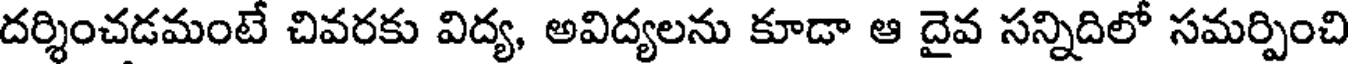
దర్శించడమంటే చివరకు విద్య, అవిద్యలను కూడా ఆ దైవ సన్నిదిలో సమర్పించి